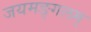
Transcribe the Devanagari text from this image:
जयमङ्गलम्‌